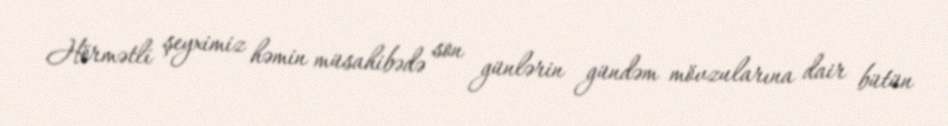
Hörmətli şeyximiz həmin müsahibədə son günlərin gündəm mövzularına dair bütün